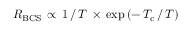
R _ { \mathrm { B C S } } \, \propto \, 1 \, / \, T \, \times \, \mathrm { e x p } \, ( - \, T _ { \mathrm { c } } \, / \, T )